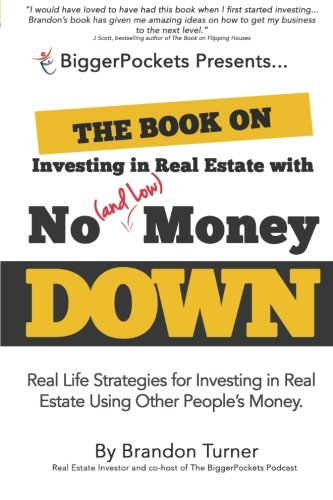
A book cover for The Book on Investing In Real Estate with No (and Low) Money Down: Real Life Strategies for Investing in Real Estate Using Other People's Money; Brandon Turner; Business & Money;